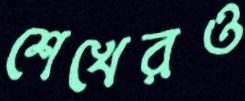
শেখেরও